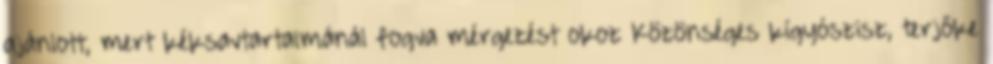
ajánlott, mert kéksavtartalmánál fogva mérgezést okoz Közönséges kígyószisz, terjőke